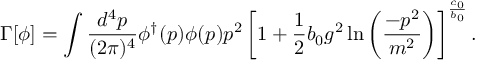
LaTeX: \Gamma [ \phi ] = \int \frac { d ^ { 4 } p } { ( 2 \pi ) ^ { 4 } } \phi ^ { \dagger } ( p ) \phi ( p ) p ^ { 2 } \left[ 1 + \frac { 1 } { 2 } b _ { 0 } g ^ { 2 } \ln \left( \frac { - p ^ { 2 } } { m ^ { 2 } } \right) \right] ^ { \frac { c _ { 0 } } { b _ { 0 } } } .